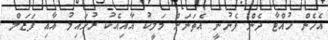
އެހެން ހުއްޓާ ދެން ފެނުނީ އެތަނަށް މަލީކު އާއިއެކު ރުހައިލު އާއި ފަޒަލް